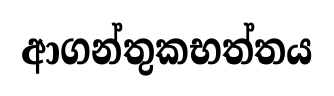
ආගන්තුකභත්තය